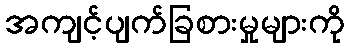
အကျင့်ပျက်ခြစားမှုများကို